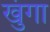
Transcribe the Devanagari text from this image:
खुंगा